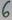
Text: 6